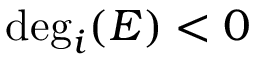
\deg _ { i } ( E ) < 0